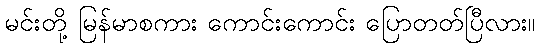
မင်းတို့ မြန်မာစကား ကောင်းကောင်း ပြောတတ်ပြီလား။